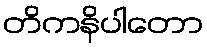
တိကနိပါတော